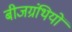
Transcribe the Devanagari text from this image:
बीजग्रंथियों